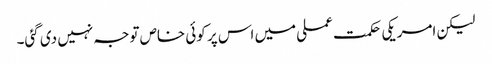
لیکن امریکی حکمت عملی میں اس پر کوئی خاص توجہ نہیں دی گئی۔